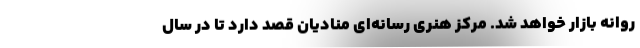
روانه بازار خواهد شد. مرکز هنری رسانه‌ای منادیان قصد دارد تا در سال